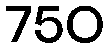
750